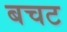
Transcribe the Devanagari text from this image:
बचट